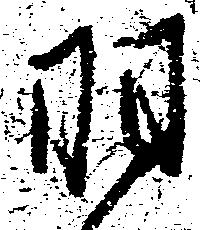
羽